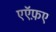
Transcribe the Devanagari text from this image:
एऍफ़ए